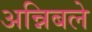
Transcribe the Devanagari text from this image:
अन्निबले